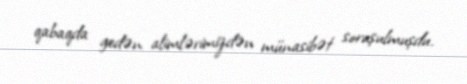
qabaqda gedən alimlərimizdən münasibət soruşulmuşdu.